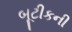
બૂટીકની